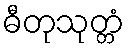
ဓီတုသုတ္တံ